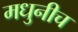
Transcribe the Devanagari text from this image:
मधुनीच